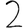
Digit: 2